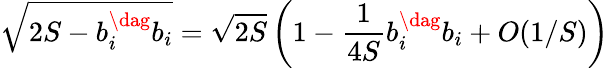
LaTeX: \sqrt{2S-b_{i}^{\dag}b_{i}}=\sqrt{2S}\left(1-\frac{1}{4S}b_{i}^{\dag}b_{i}+O(1/S)\right)